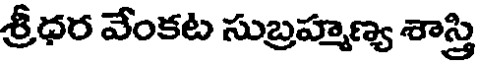
శ్రీధర వేంకట సుబ్రహ్మణ్య శాస్త్రి